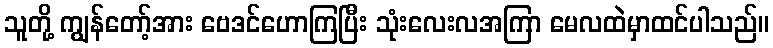
သူတို့ ကျွန်တော့်အား ဗေဒင်ဟောကြပြီး သုံးလေးလအကြာ မေလထဲမှာထင်ပါသည်။